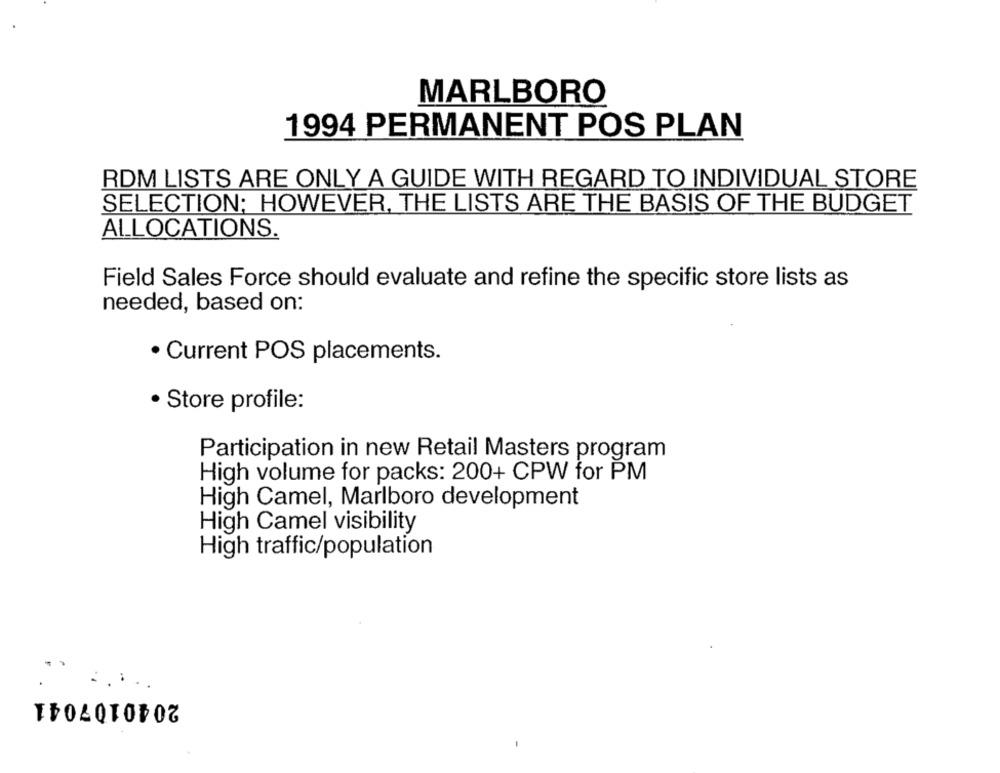
MARLBORO
1994 PERMANENT POS PLAN
RDM LISTS ARE ONLY A GUIDE WITH REGARD TO INDIVIDUAL STORE
SELECTION; HOWEVER, THE LISTS ARE THE BASIS OF THE BUDGET
ALLOCATIONS.
Field Sales Force should evaluate and refine the specific store lists as
needed, based on:
· Current POS placements.
· Store profile:
Participation in new Retail Masters program
High volume for packs: 200+ CPW for PM
High Camel, Marlboro development
High Camel visibility
High traffic/population
2040107041